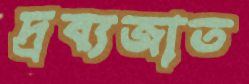
দ্রব্যজাত